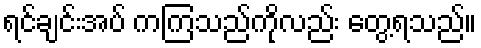
ရင်ချင်းအပ် ကကြသည်ကိုလည်း တွေ့ရသည်။